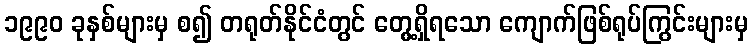
၁၉၉၀ ခုနှစ်များမှ စ၍ တရုတ်နိုင်ငံတွင် တွေ့ရှိရသော ကျောက်ဖြစ်ရုပ်ကြွင်းများမှ